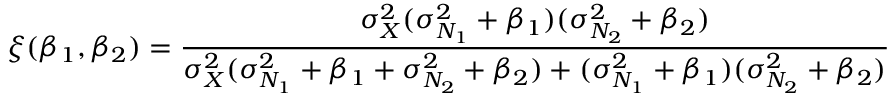
\xi ( \beta _ { 1 } , \beta _ { 2 } ) = \frac { \sigma _ { X } ^ { 2 } ( \sigma _ { N _ { 1 } } ^ { 2 } + \beta _ { 1 } ) ( \sigma _ { N _ { 2 } } ^ { 2 } + \beta _ { 2 } ) } { \sigma _ { X } ^ { 2 } ( \sigma _ { N _ { 1 } } ^ { 2 } + \beta _ { 1 } + \sigma _ { N _ { 2 } } ^ { 2 } + \beta _ { 2 } ) + ( \sigma _ { N _ { 1 } } ^ { 2 } + \beta _ { 1 } ) ( \sigma _ { N _ { 2 } } ^ { 2 } + \beta _ { 2 } ) }